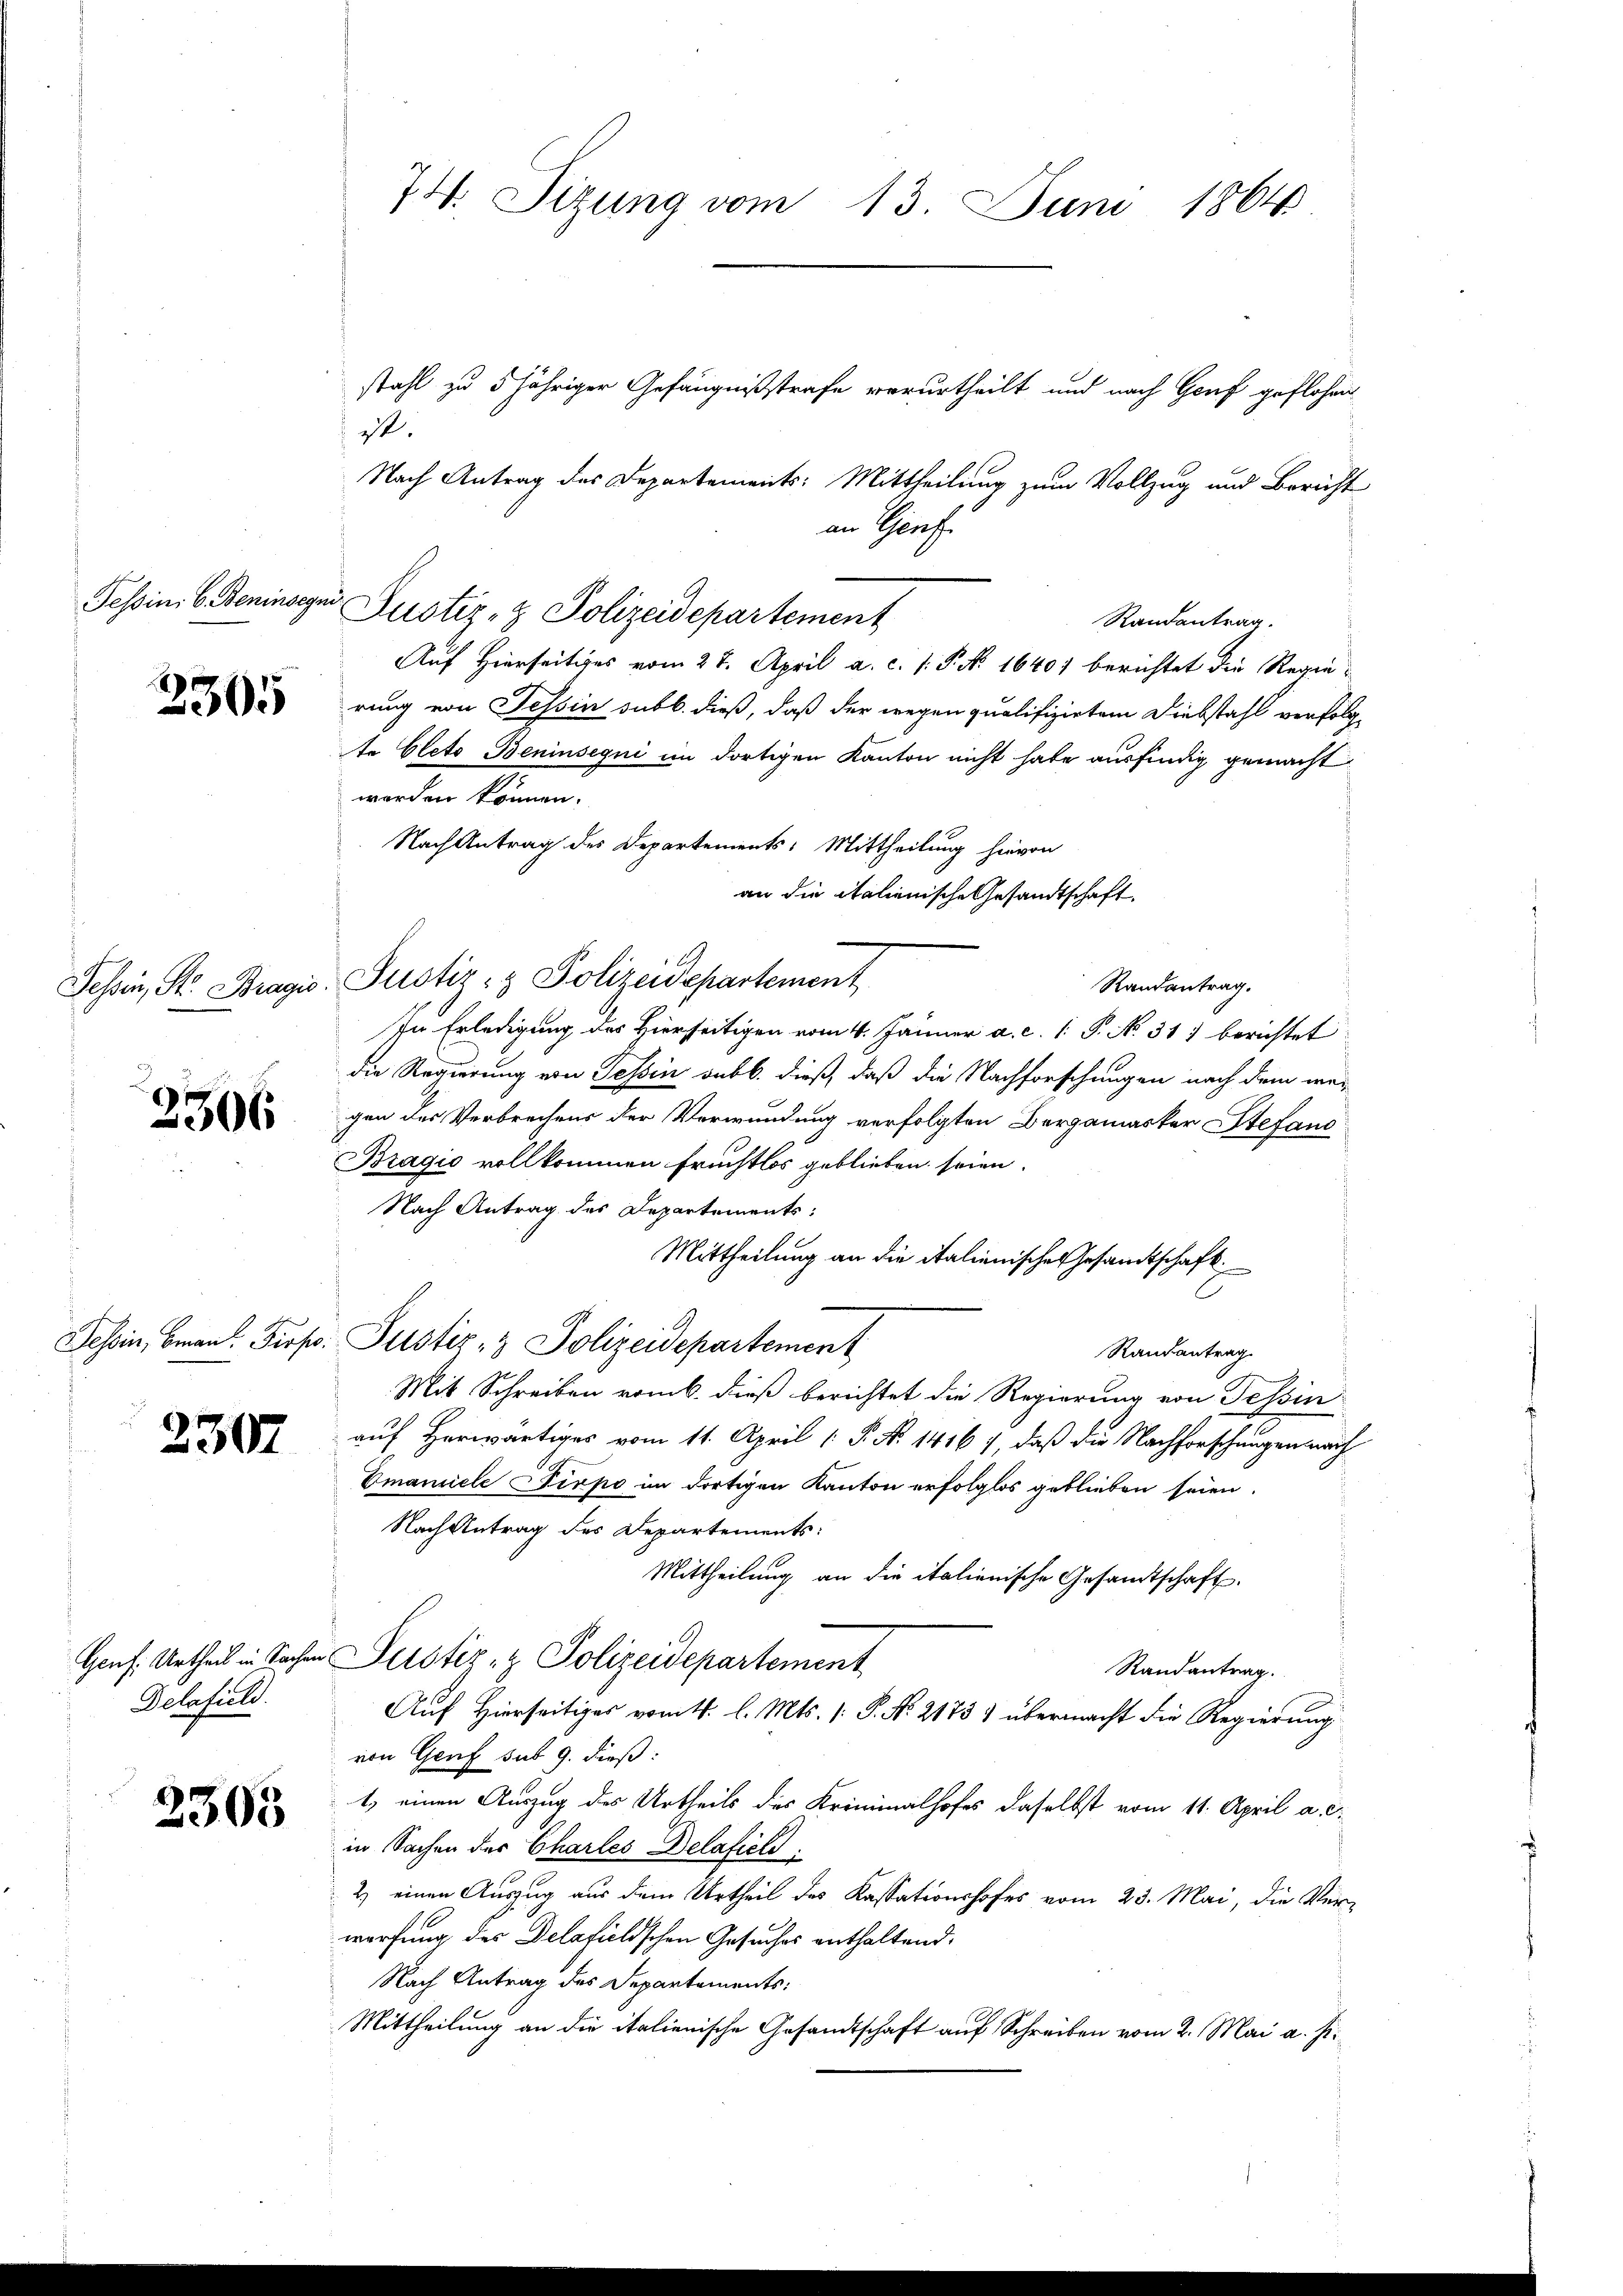
Tessin. 6. Beninsegni

2305

2306

2307

Delafield.

2505

stahl zu 5 jähriger Gefängnißstrafe verurtheilt und nach Genf geflohen
ist.
Nach Antrag des Departements: Mittheilung zum Vollzug und Bericht
an Genf
Justiz- & Polizeidepartement
Randantrag.
Auf Hierseitiges vom 27. April a. c. s. P. N. 16401 berichtet die Regie-
rung von Tessin sub b. dieß, daß der wegen qualifizirten Diebstahl verfolgte Glets Beninsegni im dortigen Kanton nicht habe ausfindig gemacht
worden können.
Nach Antrag des Departements: Mittheilung hievon
an die italienische Gesandtschaft.
Tessin, St. Bragio: Justiz- & Polizeidepartement
Randantrag.
In Erledigung des Hierseitigen vom 4. Jänner a. c. 1 P. No. 317 berichtet
die Regierung von Tessin sub b. dieß, daß die Nachforschungen nach dem wei
gen des Verbrechens der Verwundung verfolgten Bergamaster Stefang
Bragio vollkommen Fruchtlos geblieben seien.
Nach Antrag des Departements:
Mittheilung an die italienische Gesandtschaft
Tessin, bean Prop: Justiz- & Polizeidepartement
Randantrag
Mit Schreiben vom 6. dieß berichtet die Regierung von Tessin
auf Herwärtiges vom 11. April [ P. No 1416) daß die Nachforschungen nach
Emanuele Dirpo im dortigen Kanton erfolglos geblieben seien.
Nach Antrag des Departements:
Mittheilung an die italienische Gesamtschaft.
Genf. Urtheil in Sachen Perstiz- & Polizeidepartement
Randantrag.
Auf Hierseitiges vom 11. l. Mts. [P. No 2173) übermacht die Regierung
von Genf sub 9. dieß:
t) einen Auszug des Urtheils des Kriminalhofes daselbst vom 11. April a. c.
in Sachen der Charles Delaticle
2) einen Auszug aus dem Urtheil des Kassationshofes vom 23. Mai, die Ver-
werfung des Delafielischen Gesuches enthaltend.
Nach Antrag des Departaments:
Mittheilung an die italienische Gesandtschaft auf Schreiben vom 2. Mai a. p.

74. Sizung vom 13. Juni 1864